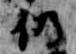
仍